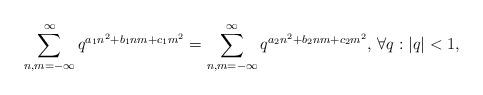
LaTeX: \begin{align*}\sum^{\infty}_{n,m=-\infty}q^{a_1n^2+b_1nm+c_1m^2}=\sum^{\infty}_{n,m=-\infty}q^{a_2n^2+b_2nm+c_2m^2}\textrm{, }\forall q: |q|<1,\end{align*}